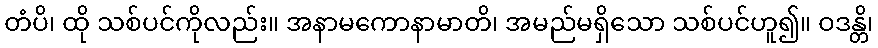
တံပိ၊ ထို သစ်ပင်ကိုလည်း။ အနာမကောနာမာတိ၊ အမည်မရှိသော သစ်ပင်ဟူ၍။ ဝဒန္တိ၊